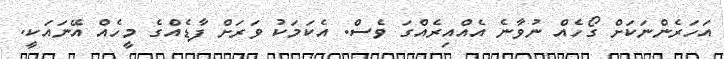
އަހަރެންނަކަށް ގޯހެއް ނުވާނެ އެއްއިރެއްގަ ވެސް. އެކަމަކު ވަރަށް ފާޑެއްގެ މީހެއް އޭނައަކީ.